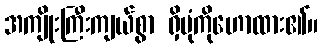
အကျိုးကြီးကျယ်စွာ ရှိပုံကိုဟောထား၏။